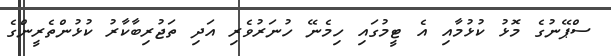
ސްޕޭނުގެ މޮޅު ކުޅުމާއި އެ ޓީމުގައި ހިމެނޭ ހުނަރުވެރި އަދި ތަޖުރިބާކާރު ކުޅުންތެރީންގެ